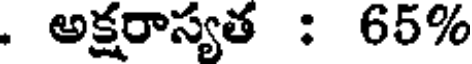
. అక్షరాస్యత : 65%